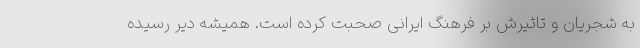
به شجریان و تاثیرش بر فرهنگ ایرانی صحبت کرده است. همیشه دیر رسیده